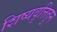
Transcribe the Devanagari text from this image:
शिष्यवृत्तितुन